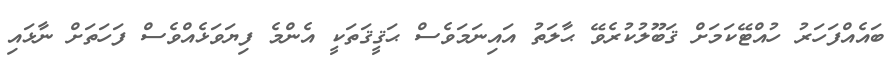
ބައެއްފަހަރު ހުއްޓޭކަމަށް ޤަބޫލުކުރެވޭ ޙާލަތު އައިނަމަވެސް ޙަޤީޤަތަކީ އެންމެ ފިޔަވަޅެއްވެސް ފަހަތަށް ނާޅައި